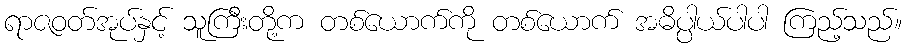
ရာဇဝတ်အုပ်နှင့် သူကြီးတို့က တစ်ယောက်ကို တစ်ယောက် အဓိပ္ပါယ်ပါပါ ကြည့်သည်။